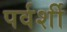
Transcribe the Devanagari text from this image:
पर्वर्शी